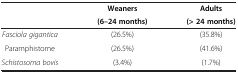
<table><thead><tr><td><b> </b></td><td><b>Weaners</b></td><td><b>Adults</b></td></tr><tr><td><b> </b></td><td><b>(6–24 months)</b></td><td><b>(&gt; 24 months)</b></td></tr></thead><tbody><tr><td><i>Fasciola gigantica</i></td><td>(26.5%)</td><td>(35.8%)</td></tr><tr><td>Paramphistome</td><td>(26.5%)</td><td>(41.6%)</td></tr><tr><td><i>Schistosoma bovis</i></td><td>(3.4%)</td><td>(1.7%)</td></tr></tbody></table>